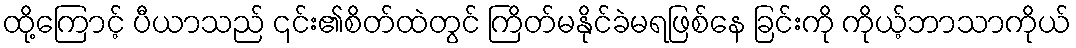
ထို့ကြောင့် ပီယာသည် ၎င်း၏စိတ်ထဲတွင် ကြိတ်မနိုင်ခဲမရဖြစ်နေ ခြင်းကို ကိုယ့်ဘာသာကိုယ်